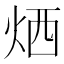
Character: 𤈇